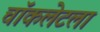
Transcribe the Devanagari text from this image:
चॉकलेटला